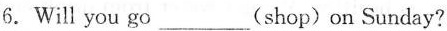
6.Will you go ___(shop)on Sunday?